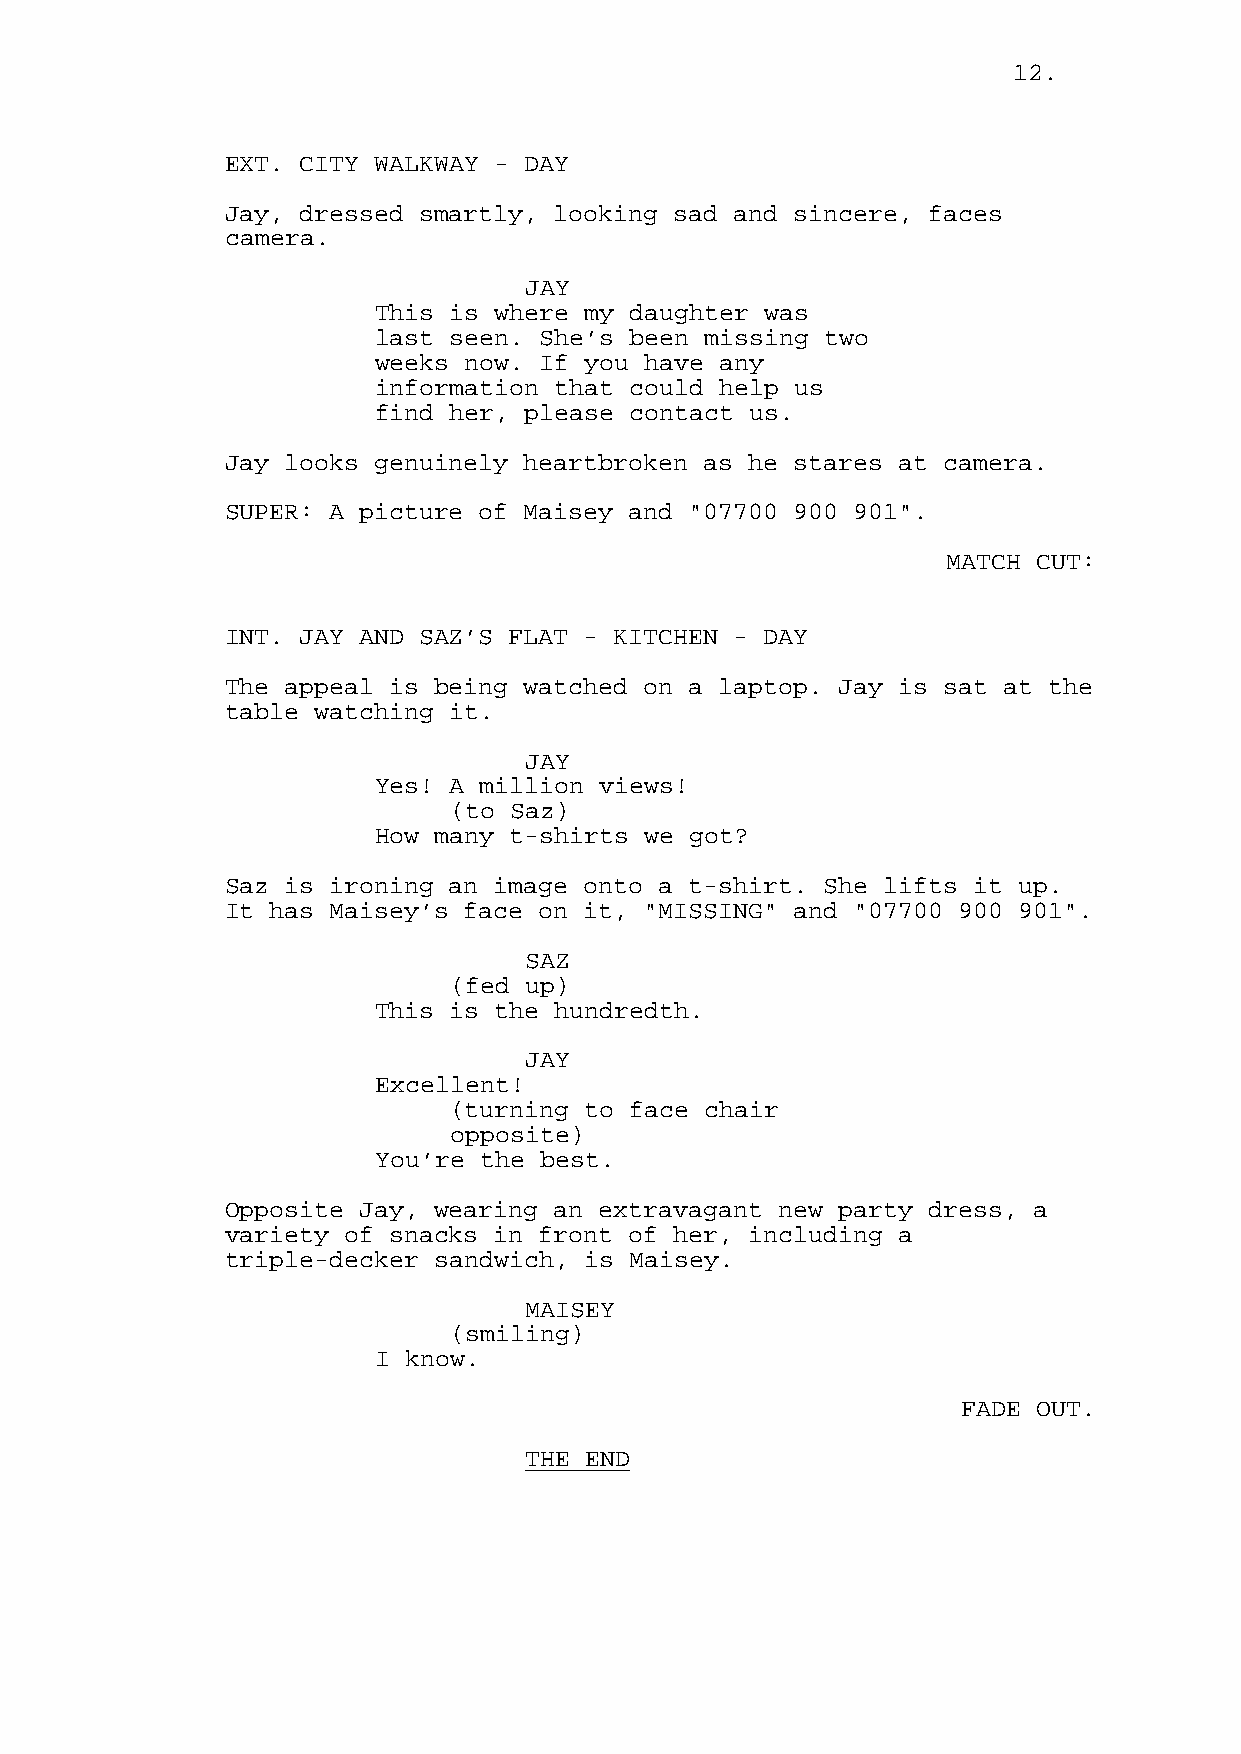
12.
 EXT. CITY WALKWAY - DAY
 Jay, dressed smartly, looking sad and sincere, faces
 camera.
 JAY
 This is where my daughter was
 last seen. She’s been missing two
 weeks now. If you have any
 information that could help us
 find her, please contact us.
 Jay looks genuinely heartbroken as he stares at camera.
 SUPER: A picture of Maisey and "07700 900 901".
 MATCH CUT:
 INT. JAY AND SAZ’S FLAT - KITCHEN - DAY
 The appeal is being watched on a laptop. Jay is sat at the
 table watching it.
 JAY
 Yes! A million views!
 (to Saz)
 How many t-shirts we got?
 Saz is ironing an image onto a t-shirt. She lifts it up.
 It has Maisey’s face on it, "MISSING" and "07700 900 901".
 SAZ
 (fed up)
 This is the hundredth.
 JAY
 Excellent!
 (turning to face chair
 opposite)
 You’re the best.
 Opposite Jay, wearing an extravagant new party dress, a
 variety of snacks in front of her, including a
 triple-decker sandwich, is Maisey.
 MAISEY
 (smiling)
 I know.
 FADE OUT.
 THE END